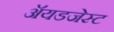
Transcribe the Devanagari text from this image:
ॲयडजेस्ट